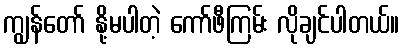
ကျွန်တော် နို့မပါတဲ့ ကော်ဖီကြမ်း လိုချင်ပါတယ်။